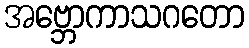
အဗ္ဘောကာသဂတော